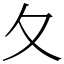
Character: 夂